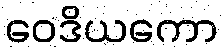
ဝေဒိယကော